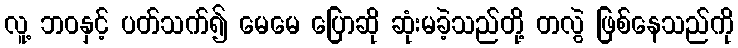
လူ့ ဘဝနှင့် ပတ်သက်၍ မေမေ ပြောဆို ဆုံးမခဲ့သည်တို့ တလွဲ ဖြစ်နေသည်ကို